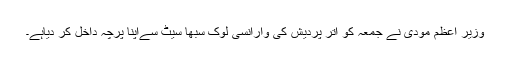
وزیر اعظم مودی نے جمعہ کو اتر پردیش کی وارانسی لوک سبھا سیٹ سےاپنا پرچہ داخل کر دیاہے۔